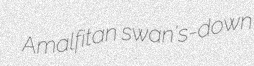
Amalfitan swan's-down